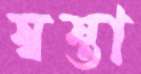
স্বস্তা